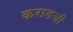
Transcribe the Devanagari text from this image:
कराडची